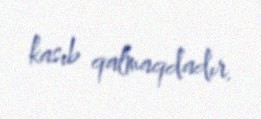
kasıb qalmaqdadır.